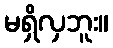
မရှိလှဘူး။